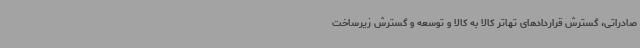
صادراتی، گسترش قراردادهای تهاتر کالا به کالا و توسعه و گسترش زیرساخت